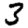
Digit: 3